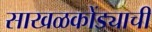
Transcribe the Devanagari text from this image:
साखळकोंड्याची